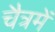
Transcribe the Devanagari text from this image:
चैत्रमें